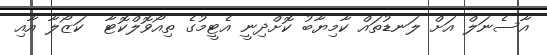
އާސެނަލް އަށް ލަނޑުތައް ކާމިޔާބު ކޮށްދިނީ އެޓީމުގެ ތިއޯވޮލްކޮޓާ  ކަޒޯލާ އާއި